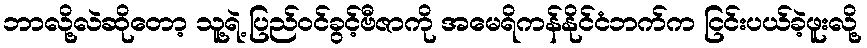
ဘာလို့လဲဆိုတော့ သူ့ရဲ့ ပြည်ဝင်ခွင့်ဗီဇာကို အမေရိကန်နိုင်ငံဘက်က ငြင်းပယ်ခဲ့ဖူးလို့